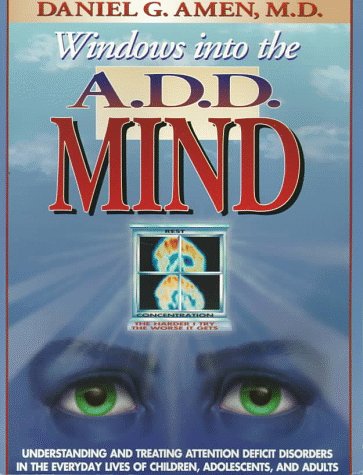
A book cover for Windows into the A.D.D. Mind: Understanding and Treating Attention Deficit Disorders in the Everyday Lives of Children, Adolescents and Adults; Daniel G. Amen; Parenting & Relationships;